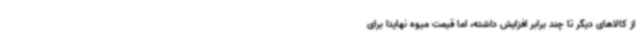
از کالاهای دیگر تا چند برابر افزایش داشته، اما قیمت میوه نهایتا برای